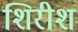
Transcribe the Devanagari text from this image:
शिरीश